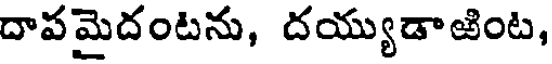
దాపమైదంటను, దయ్యుడాజింట,